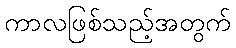
ကာလဖြစ်သည့်အတွက်